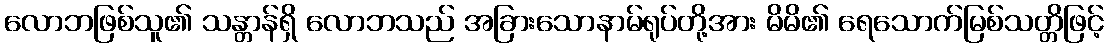
လောဘဖြစ်သူ၏ သန္တာန်ရှိ လောဘသည် အခြားသောနာမ်ရုပ်တို့အား မိမိ၏ ရေသောက်မြစ်သတ္တိဖြင့်